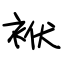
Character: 袱